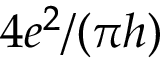
4 e ^ { 2 } / { ( \pi } h )